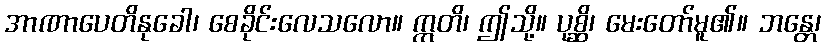
အာဏာပေတိနုခေါ၊ စေခိုင်းလေသလော။ ဣတိ၊ ဤသို့။ ပုစ္ဆိ၊ မေးတော်မူ၏။ ဘန္တေ၊